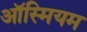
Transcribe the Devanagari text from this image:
ऑस्मियम